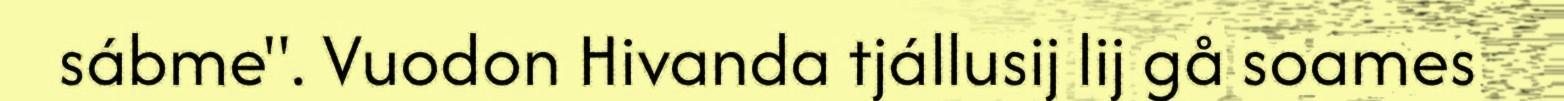
sábme". Vuodon Hivanda tjállusij lij gå soames